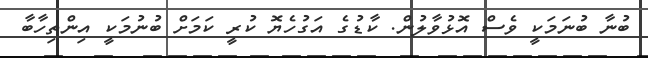
ބުނާ ބުނަމަކީ ވެސް އޮޅުވާލުން. ކާޑުގެ އަގުހެޔޮ ކުރީ ކަމަަށް ބުނުމަކީ އިންތިހާބާ